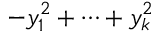
- y _ { 1 } ^ { 2 } + \cdots + y _ { k } ^ { 2 }